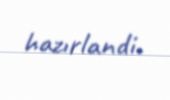
hazırlandi.